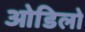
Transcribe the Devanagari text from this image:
ओडिलो